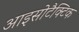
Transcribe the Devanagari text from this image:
आइसोटैक्टिक